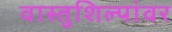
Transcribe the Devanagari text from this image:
वास्तुशिल्पांवर